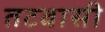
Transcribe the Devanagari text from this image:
तटवासी